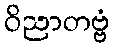
ဝိညာတဗ္ဗံ